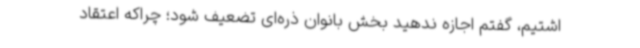
اشتیم، گفتم اجازه ندهید بخش بانوان ذره‌ای تضعیف شود؛ چراکه اعتقاد